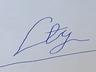
Signature authenticity: forged